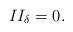
LaTeX: \begin{align*}II_{\delta}=0.\end{align*}